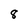
Character: 8